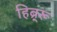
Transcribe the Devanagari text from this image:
हिब्र्रू